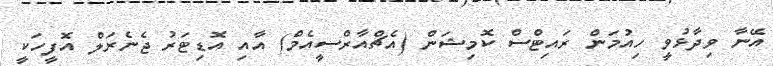
އޭނާ ވިދާޅުވީ ހިއުމަން ރައިޓްސް ކޮމިޝަން (އެޗްއާރްސީއެމް) އާއި އޮޑިޓަރު ޖެނެރަލް އޮފީހަކީ